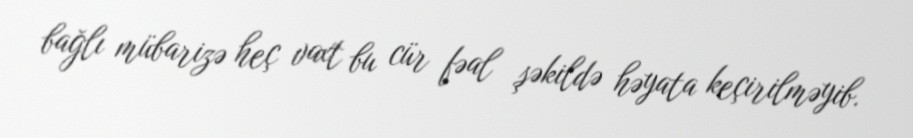
bağlı mübarizə heç vaxt bu cür fəal şəkildə həyata keçirilməyib.